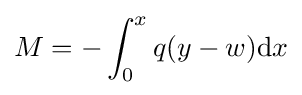
M=-\int _{0}^{x}q(y-w)\mathrm {d} x